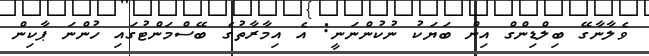
ވެލާނާގޭ ބިލްޑިންގް އިން ބަޔަކު ނުކުންނަނީ: އެ އިމާރާތުގެ ބޭސްމަންޓުގައި ހުންނަ ޕާކިން